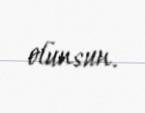
olunsun.